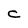
Character: C